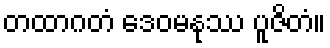
တထာဂတံ ဒေဝမနုဿ ပူဇိတံ။